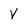
Character: V